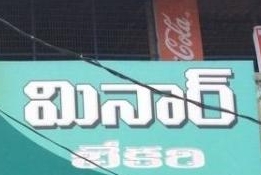
Language: telugu
Transcription: మినార్ బేకరి